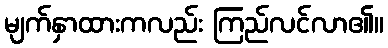
မျက်နှာထားကလည်း ကြည်လင်လာ၏။